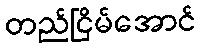
တည်ငြိမ်အောင်